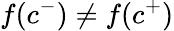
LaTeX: f(c^{-})\neq f(c^{+})